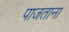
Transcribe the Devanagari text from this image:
पाजताना